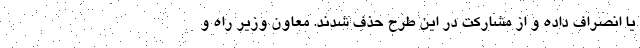
یا انصراف داده و از مشارکت در این طرح حذف شدند. معاون وزیر راه و